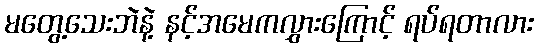
မတွေ့သေးဘဲနဲ့ နင့်အမေကလွှားကြောင့် ရပ်ရတာလား